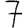
Digit: 7